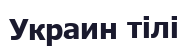
Украин тілі